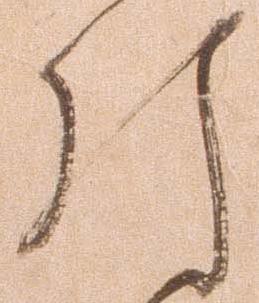
引